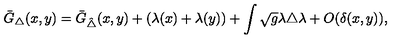
\bar { G } _ { \triangle } ( x , y ) = \bar { G } _ { \hat { \triangle } } ( x , y ) + ( \lambda ( x ) + \lambda ( y ) ) + \int \sqrt { g } \lambda { \triangle } \lambda + O ( \delta ( x , y ) ) ,